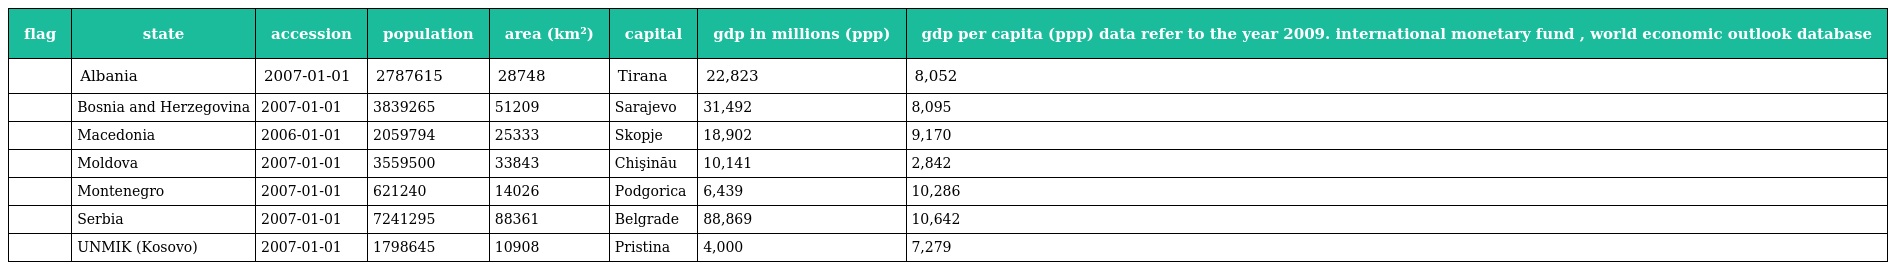
| flag | state | accession | population | area (km²) | capital | gdp in millions (ppp) | gdp per capita (ppp) data refer to the year 2009. international monetary fund , world economic outlook database |
 | --- | --- | --- | --- | --- | --- | --- | --- |
 |  | Albania | 2007-01-01 | 2787615 | 28748 | Tirana | 22,823 | 8,052 |
 |  | Bosnia and Herzegovina | 2007-01-01 | 3839265 | 51209 | Sarajevo | 31,492 | 8,095 |
 |  | Macedonia | 2006-01-01 | 2059794 | 25333 | Skopje | 18,902 | 9,170 |
 |  | Moldova | 2007-01-01 | 3559500 | 33843 | Chişinău | 10,141 | 2,842 |
 |  | Montenegro | 2007-01-01 | 621240 | 14026 | Podgorica | 6,439 | 10,286 |
 |  | Serbia | 2007-01-01 | 7241295 | 88361 | Belgrade | 88,869 | 10,642 |
 |  | UNMIK (Kosovo) | 2007-01-01 | 1798645 | 10908 | Pristina | 4,000 | 7,279 |